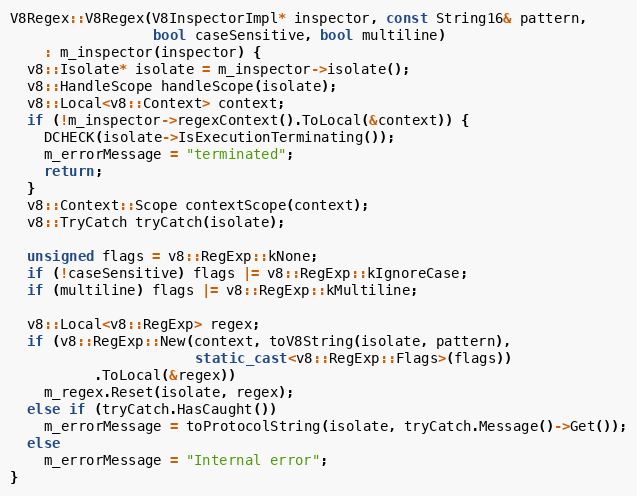
Language: C++
V8Regex::V8Regex(V8InspectorImpl* inspector, const String16& pattern,
                 bool caseSensitive, bool multiline)
    : m_inspector(inspector) {
  v8::Isolate* isolate = m_inspector->isolate();
  v8::HandleScope handleScope(isolate);
  v8::Local<v8::Context> context;
  if (!m_inspector->regexContext().ToLocal(&context)) {
    DCHECK(isolate->IsExecutionTerminating());
    m_errorMessage = "terminated";
    return;
  }
  v8::Context::Scope contextScope(context);
  v8::TryCatch tryCatch(isolate);

  unsigned flags = v8::RegExp::kNone;
  if (!caseSensitive) flags |= v8::RegExp::kIgnoreCase;
  if (multiline) flags |= v8::RegExp::kMultiline;

  v8::Local<v8::RegExp> regex;
  if (v8::RegExp::New(context, toV8String(isolate, pattern),
                      static_cast<v8::RegExp::Flags>(flags))
          .ToLocal(&regex))
    m_regex.Reset(isolate, regex);
  else if (tryCatch.HasCaught())
    m_errorMessage = toProtocolString(isolate, tryCatch.Message()->Get());
  else
    m_errorMessage = "Internal error";
}